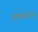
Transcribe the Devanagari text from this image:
लोकरीचा